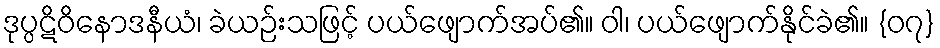
ဒုပ္ပဋိဝိနောဒနီယံ၊ ခဲယဉ်းသဖြင့် ပယ်ဖျောက်အပ်၏။ ဝါ၊ ပယ်ဖျောက်နိုင်ခဲ၏။ {၀၇}